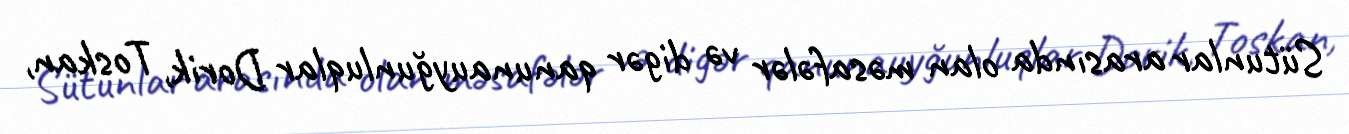
Sütunlar arasında olan məsafələr və digər qanunauyğunluqlar Dorik, Toskan,